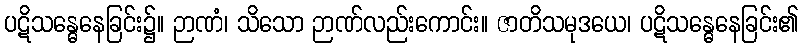
ပဋိသန္ဓေနေခြင်း၌။ ဉာဏံ၊ သိသော ဉာဏ်လည်းကောင်း။ ဇာတိသမုဒယေ၊ ပဋိသန္ဓေနေခြင်း၏